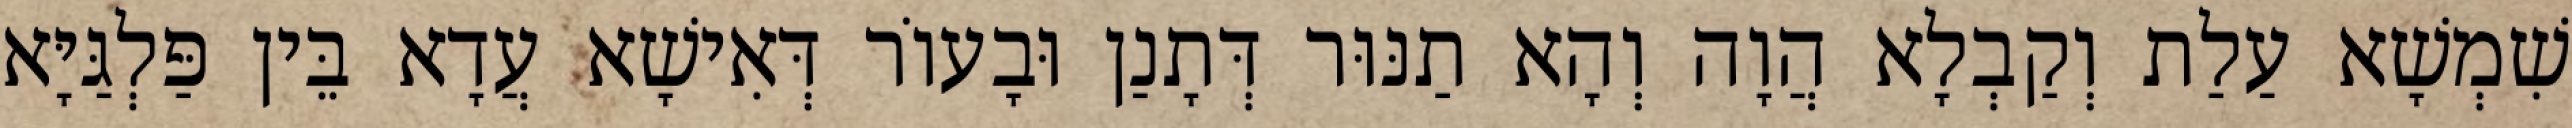
שִׁמְשָׁא עַלַת וְקַבְלָא הֲוָה וְהָא תַנּוּר דְּתָנַן וּבָעוֹר דְּאִישָׁא עֲדָא בֵּין פַּלְגַּיָּא